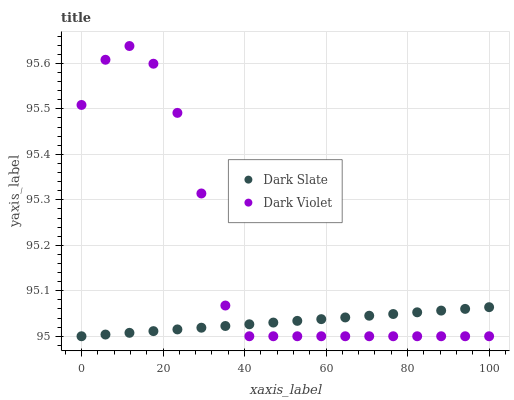
| xaxis_label | Dark Slate | Dark Violet |
 | --- | --- | --- |
 | 0 | 95 | 95.5 |
 | 5.88 | 95 | 95.6 |
 | 11.8 | 95 | 95.6 |
 | 17.6 | 95 | 95.6 |
 | 23.5 | 95 | 95.5 |
 | 29.4 | 95 | 95.3 |
 | 35.3 | 95 | 95.1 |
 | 41.2 | 95 | 95 |
 | 47.1 | 95 | 95 |
 | 52.9 | 95 | 95 |
 | 58.8 | 95 | 95 |
 | 64.7 | 95 | 95 |
 | 70.6 | 95 | 95 |
 | 76.5 | 95 | 95 |
 | 82.4 | 95.1 | 95 |
 | 88.2 | 95.1 | 95 |
 | 94.1 | 95.1 | 95 |
 | 100 | 95.1 | 95 |